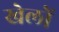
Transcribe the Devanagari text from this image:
खेलोें